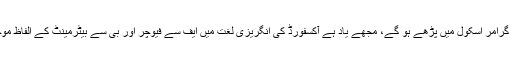
‘‘تم یقیناً گرامر اسکول میں پڑھے ہو گے، مجھے یاد ہے آکسفورڈ کی انگریزی لغت میں ایف سے فیوچر اور بی سے بیٹرمینٹ کے الفاظ موجود ہیں۔